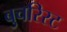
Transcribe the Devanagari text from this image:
बुचरिस्ट